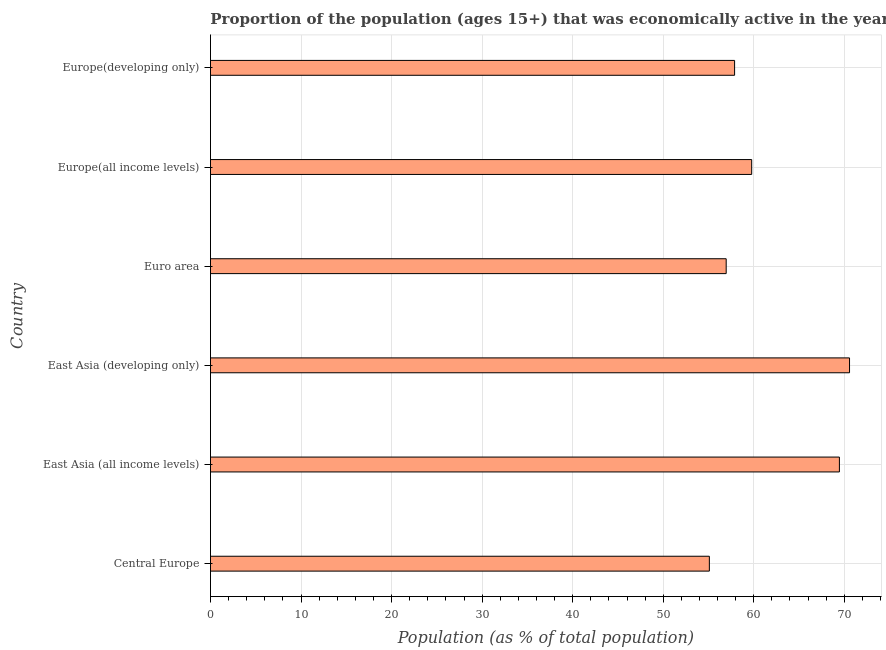
| Country | Labor force participation rate total |
 | --- | --- |
 | Central Europe | 55.1 |
 | East Asia (all income levels) | 69.5 |
 | East Asia (developing only) | 70.6 |
 | Euro area | 57 |
 | Europe(all income levels) | 59.8 |
 | Europe(developing only) | 57.9 |